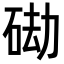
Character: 䂶